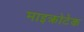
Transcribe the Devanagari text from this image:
माइक्रोटेक